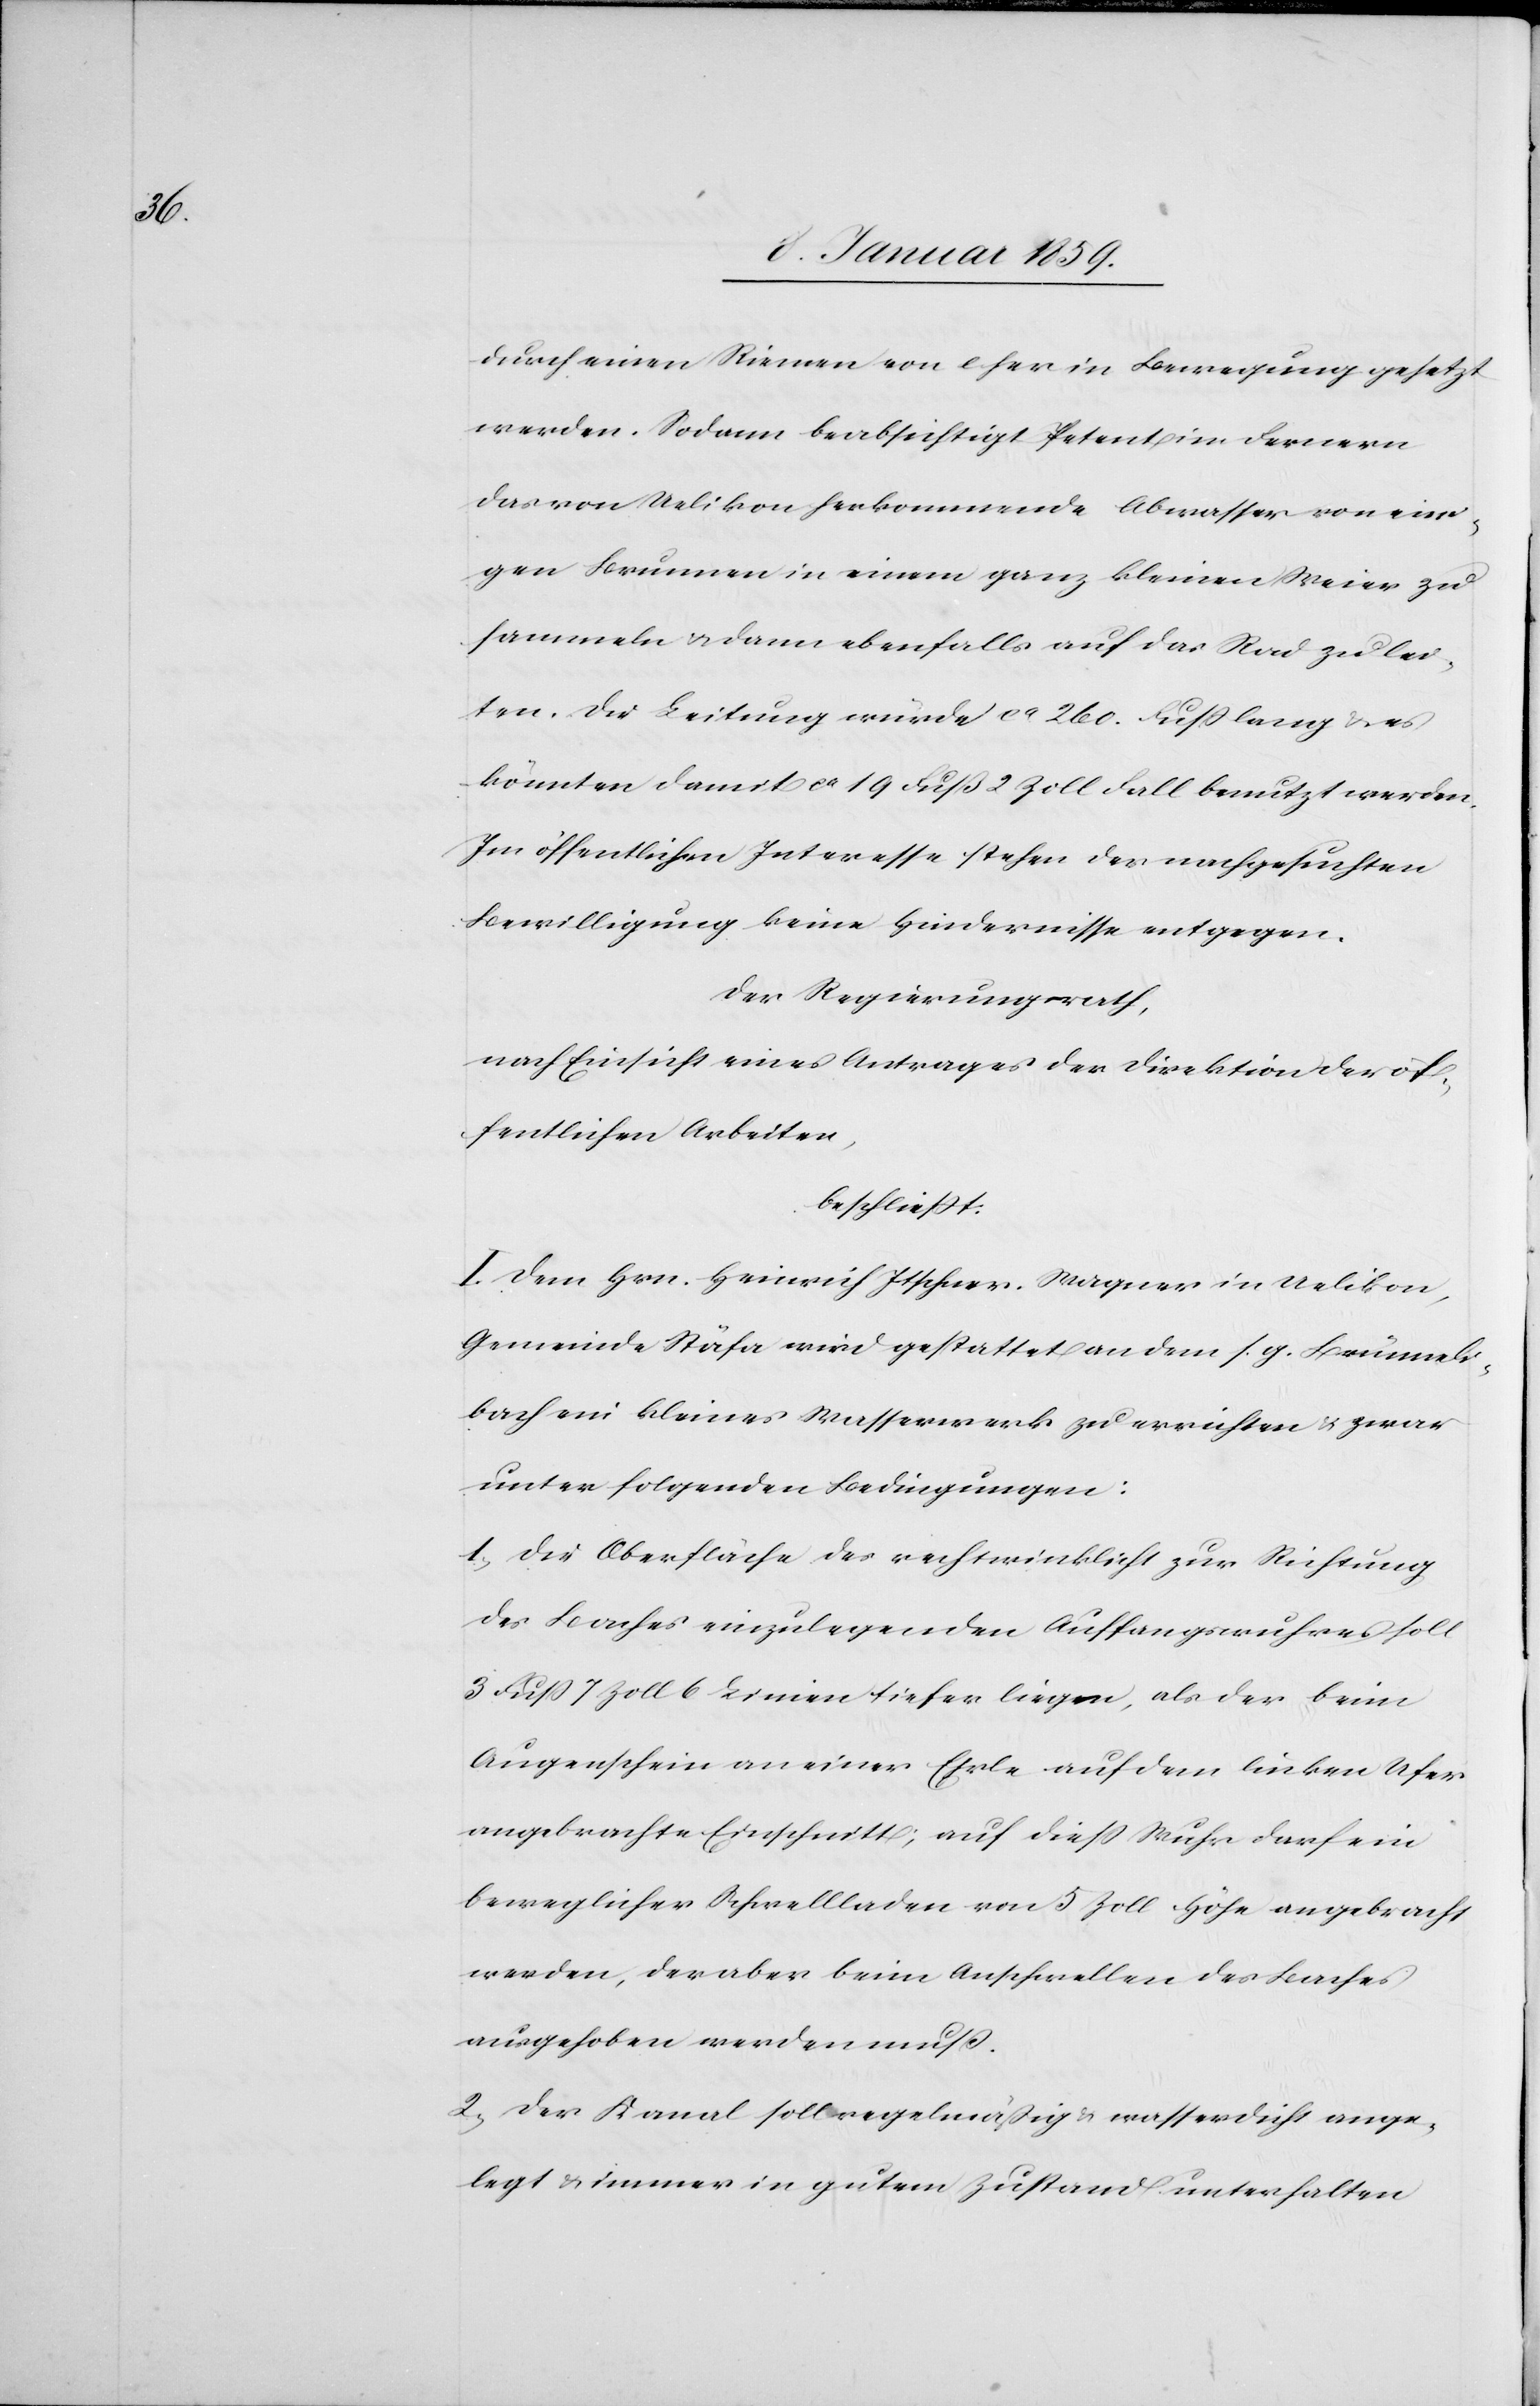
durch einen Riemen von e her in Bewegung gesetzt
werden. Sodann beabsichtigt Petent im Fernern
das von Uelikon herkommende Abwasser von eini¬
gen Brunnen in einem ganz kleinen Weier zu
sammeln u. dann ebenfalls auf das Rad zu las¬
sen. Die Leitung würde ca. 260. Fuß lang u. es
könnten damit ca. 19 Fuß 2 Zoll Fall benutzt werden.
Im öffentlichen Interesse stehen der nachgesuchten
Bewilligung keine Hindernisse entgegen.
Der Regierungsrath,
nach Einsicht eines Antrages der Direktion der öf¬
fentlichen Arbeiten,
beschließt:
I. Dem Hrn. Heinrich Itschner-Wagner in Uelikon,
Gemeinde Stäfa wird gestattet an dem s. g. Brünneli¬
bach ein kleines Wasserwerk zu errichten u. zwar
unter folgenden Bedingungen:
1. Die Oberfläche des rechtwinklicht zur Richtung
des Baches einzulegenden Auffangwuhres soll
3 Fuß 7 Zoll 6 Linien tiefer liegen, als der beim
Augenschein an einer Ehrle auf dem linken Ufer
angebrachte Einschnitt; auf dieß Wuhr darf ein
beweglicher Schwellladen von 5 Zoll Höhe angebracht
werden, deraber beim Anschwellen des Baches
ausgehoben werden muß.
2. Der Kanal soll regelmäßig u. wasserdicht ange¬
legt u. immer in gutem Zustand unterhalten